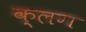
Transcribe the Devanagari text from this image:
क्लग